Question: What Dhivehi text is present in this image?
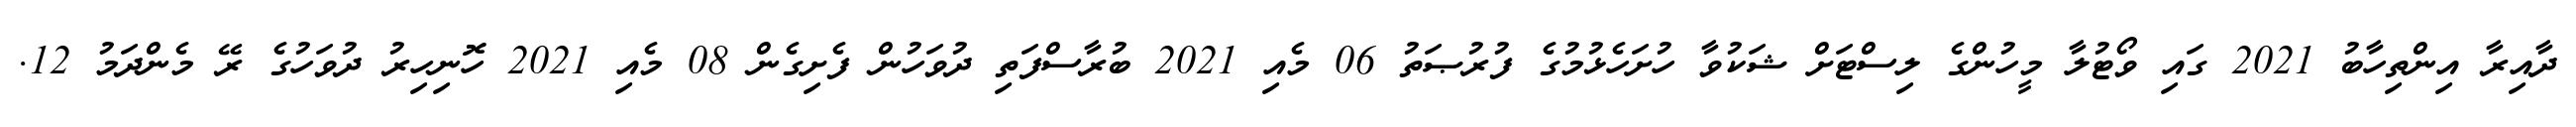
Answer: ދާއިރާ އިންތިހާބު 2021 ގައި ވޯޓުލާ މީހުންގެ ލިސްޓަށް ޝަކުވާ ހުށަހެޅުމުގެ ފުރުޞަތު 06 މެއި 2021 ބުރާސްފަތި ދުވަހުން ފެށިގެން 08 މެއި 2021 ހޮނިހިރު ދުވަހުގެ ރޭ މެންދަމު 12.